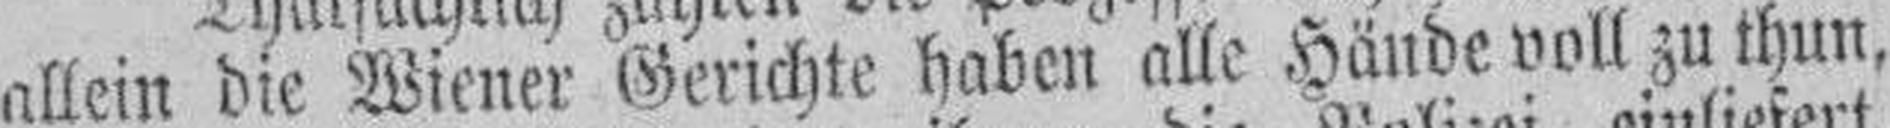
allein die Wiener Gerichte haben alle Hände voll zu thun,